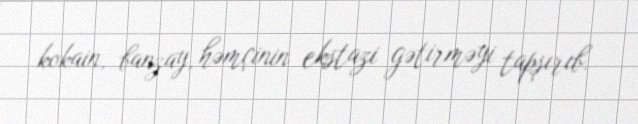
kokain, banzay, həmçinin ekstazi gətirməyi tapşırıb.